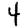
Digit: 4